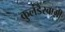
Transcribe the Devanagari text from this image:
कुलंडैस्वामी